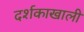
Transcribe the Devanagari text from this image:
दर्शकाखाली